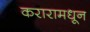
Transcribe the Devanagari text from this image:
करारामधून